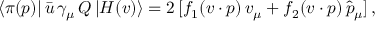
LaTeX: \langle \pi ( p ) | \, \bar { u } \, \gamma _ { \mu } \, Q \, | H ( v ) \rangle = 2 \, [ f _ { 1 } ( v \cdot p ) \, v _ { \mu } + f _ { 2 } ( v \cdot p ) \, \widehat { p } _ { \mu } ] \, ,